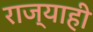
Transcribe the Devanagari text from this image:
राज्याही